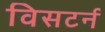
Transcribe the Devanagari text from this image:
विसटर्न